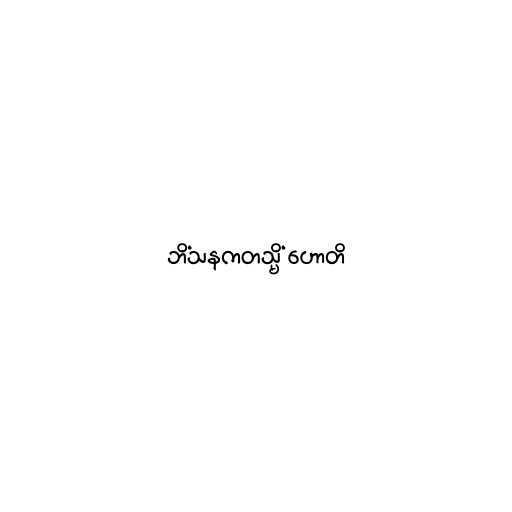
ဘိံသနကတသ္မိံ ဟောတိ